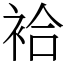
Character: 袷